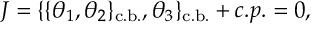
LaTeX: J = \{ \{ \theta _ { 1 } , \theta _ { 2 } \} _ { \mathrm { c . b . } } , \theta _ { 3 } \} _ { \mathrm { c . b . } } + c . p . = 0 ,